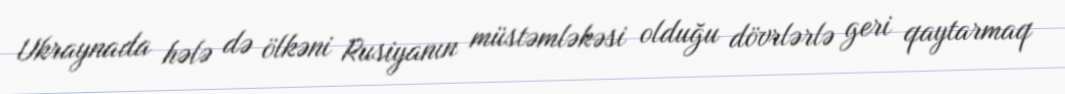
Ukraynada hələ də ölkəni Rusiyanın müstəmləkəsi olduğu dövrlərlə geri qaytarmaq